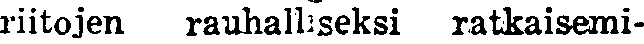
riitojen rauhalliseksi ratkaisemi-